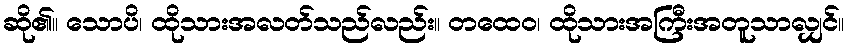
ဆို၏။ သောပိ၊ ထိုသားအလတ်သည်လည်း။ တထေဝ၊ ထိုသားအကြီးအတူသာလျှင်။